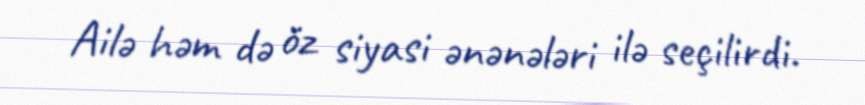
Ailə həm də öz siyasi ənənələri ilə seçilirdi.